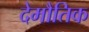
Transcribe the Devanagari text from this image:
देमौतिक